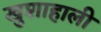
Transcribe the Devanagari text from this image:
खुशाहाली